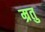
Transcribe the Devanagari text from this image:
म्रतु